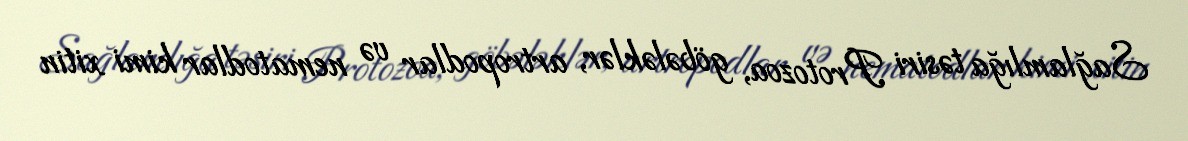
Sağlamlığa təsiri Protozoa, göbələklər, artropodlar və nematodlar kimi xitin